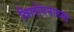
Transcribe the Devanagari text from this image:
विलोपनाच्या